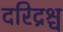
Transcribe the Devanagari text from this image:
दरिद्रश्च